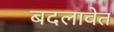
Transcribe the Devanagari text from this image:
बदलावेत